Indian journal of veterinary science and animal husbandry - Volume 4,
Year: 1934
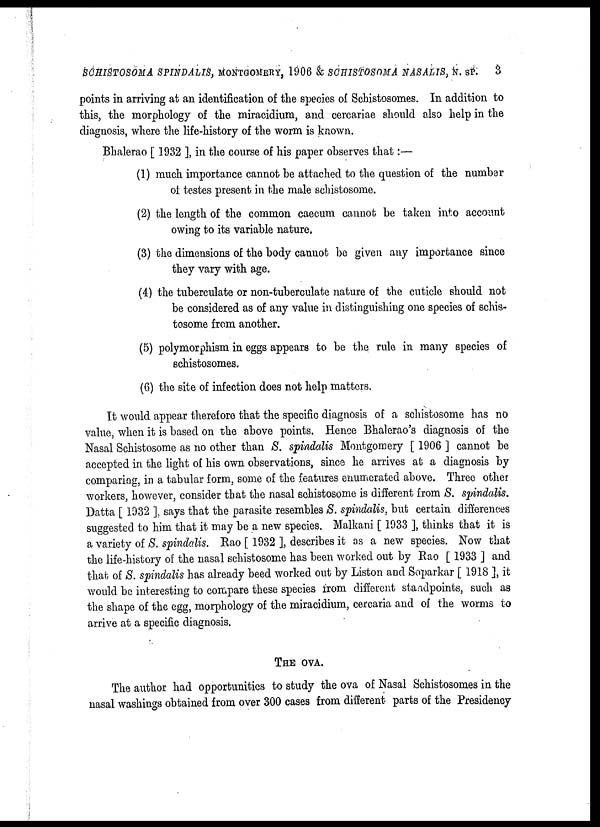
SCHISTOSOMA SPINDALIS, MONTGOMERY, 1906 & SCHISTOSOMA NASALIS, N. SP. 3
points in arriving at an identification of the species of Schistosomes. In addition to
this, the morphology of the miracidium, and cercariae should also help in the
diagnosis, where the life-history of the worm is known.
Bhalerao [ 1932 ], in the course of his paper observes that:—
(1) much importance cannot be attached to the question of the number
of testes present in the male schistosome.
(2) the length of the common caecum cannot be taken into account
owing to its variable nature.
(3) the dimensions of the body cannot be given any importance since
they vary with age.
(4) the tuberculate or non-tuberculate nature of the cuticle should not
be considered as of any value in distinguishing one species of schis-
tosome from another.
(5) polymorphism in eggs appears to be the rule in many species of
schistosomes.
(6) the site of infection does not help matters.
It would appear therefore that the specific diagnosis of a schistosome has no
value, when it is based on the above points. Hence Bhalerao's diagnosis of the
Nasal Schistosome as no other than S. spindalis Montgomery [ 1906 ] cannot be
accepted in the light of his own observations, since he arrives at a diagnosis by
comparing, in a tabular form, some of the features enumerated above. Three other
workers, however, consider that the nasal schistosome is different from S. spindalis.
Datta [ 1932 ], says that the parasite resembles S. spindalis, but certain differences
suggested to him that it may be a new species. Malkani [ 1933 ], thinks that it is
a variety of S. spindalis. Rao [ 1932 ], describes it as a new species. Now that
the life-history of the nasal schistosome has been worked out by Rao [ 1933 ] and
that of S. spindalis has already beed worked out by Liston and Soparkar [ 1918 ], it
would be interesting to compare these species from different standpoints, such as
the shape of the egg, morphology of the miracidium, cercaria and of the worms to
arrive at a specific diagnosis.
THE OVA.
The author had opportunities to study the ova of Nasal Schistosomes in the
nasal washings obtained from over 300 cases from different parts of the Presidency